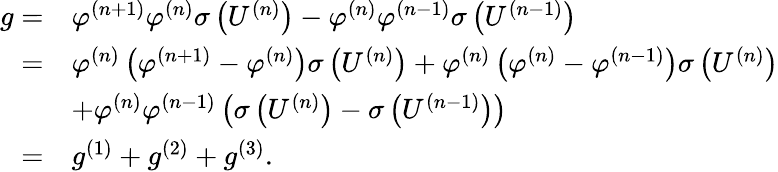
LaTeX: \begin{array}{rl}{g=}&{\varphi^{(n+1)}\varphi^{(n)}\sigma\left(U^{(n)}\right)-\varphi^{(n)}\varphi^{(n-1)}\sigma\left(U^{(n-1)}\right)}\\ {=}&{\varphi^{(n)}\left(\varphi^{(n+1)}-\varphi^{(n)}\right)\sigma\left(U^{(n)}\right)+\varphi^{(n)}\left(\varphi^{(n)}-\varphi^{(n-1)}\right)\sigma\left(U^{(n)}\right)}\\ &{+\varphi^{(n)}\varphi^{(n-1)}\left(\sigma\left(U^{(n)}\right)-\sigma\left(U^{(n-1)}\right)\right)}\\ {=}&{g^{(1)}+g^{(2)}+g^{(3)}.}\end{array}